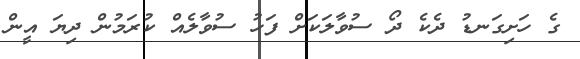
ގެ ހަށިގަނޑު ދެކެ ދޯ ސުވާލަކަށް ފަހު ސުވާލެއް ކުރަމުން ދިޔަ އީން